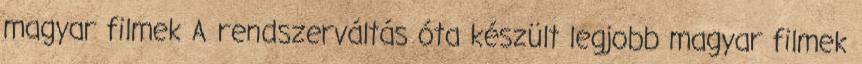
magyar filmek A rendszerváltás óta készült legjobb magyar filmek